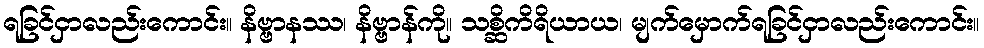
ရခြင်ငှာလည်းကောင်း။ နိဗ္ဗာနဿ၊ နိဗ္ဗာန်ကို။ သစ္ဆိကိရိယာယ၊ မျက်မှောက်ရခြင်ငှာလည်းကောင်း။